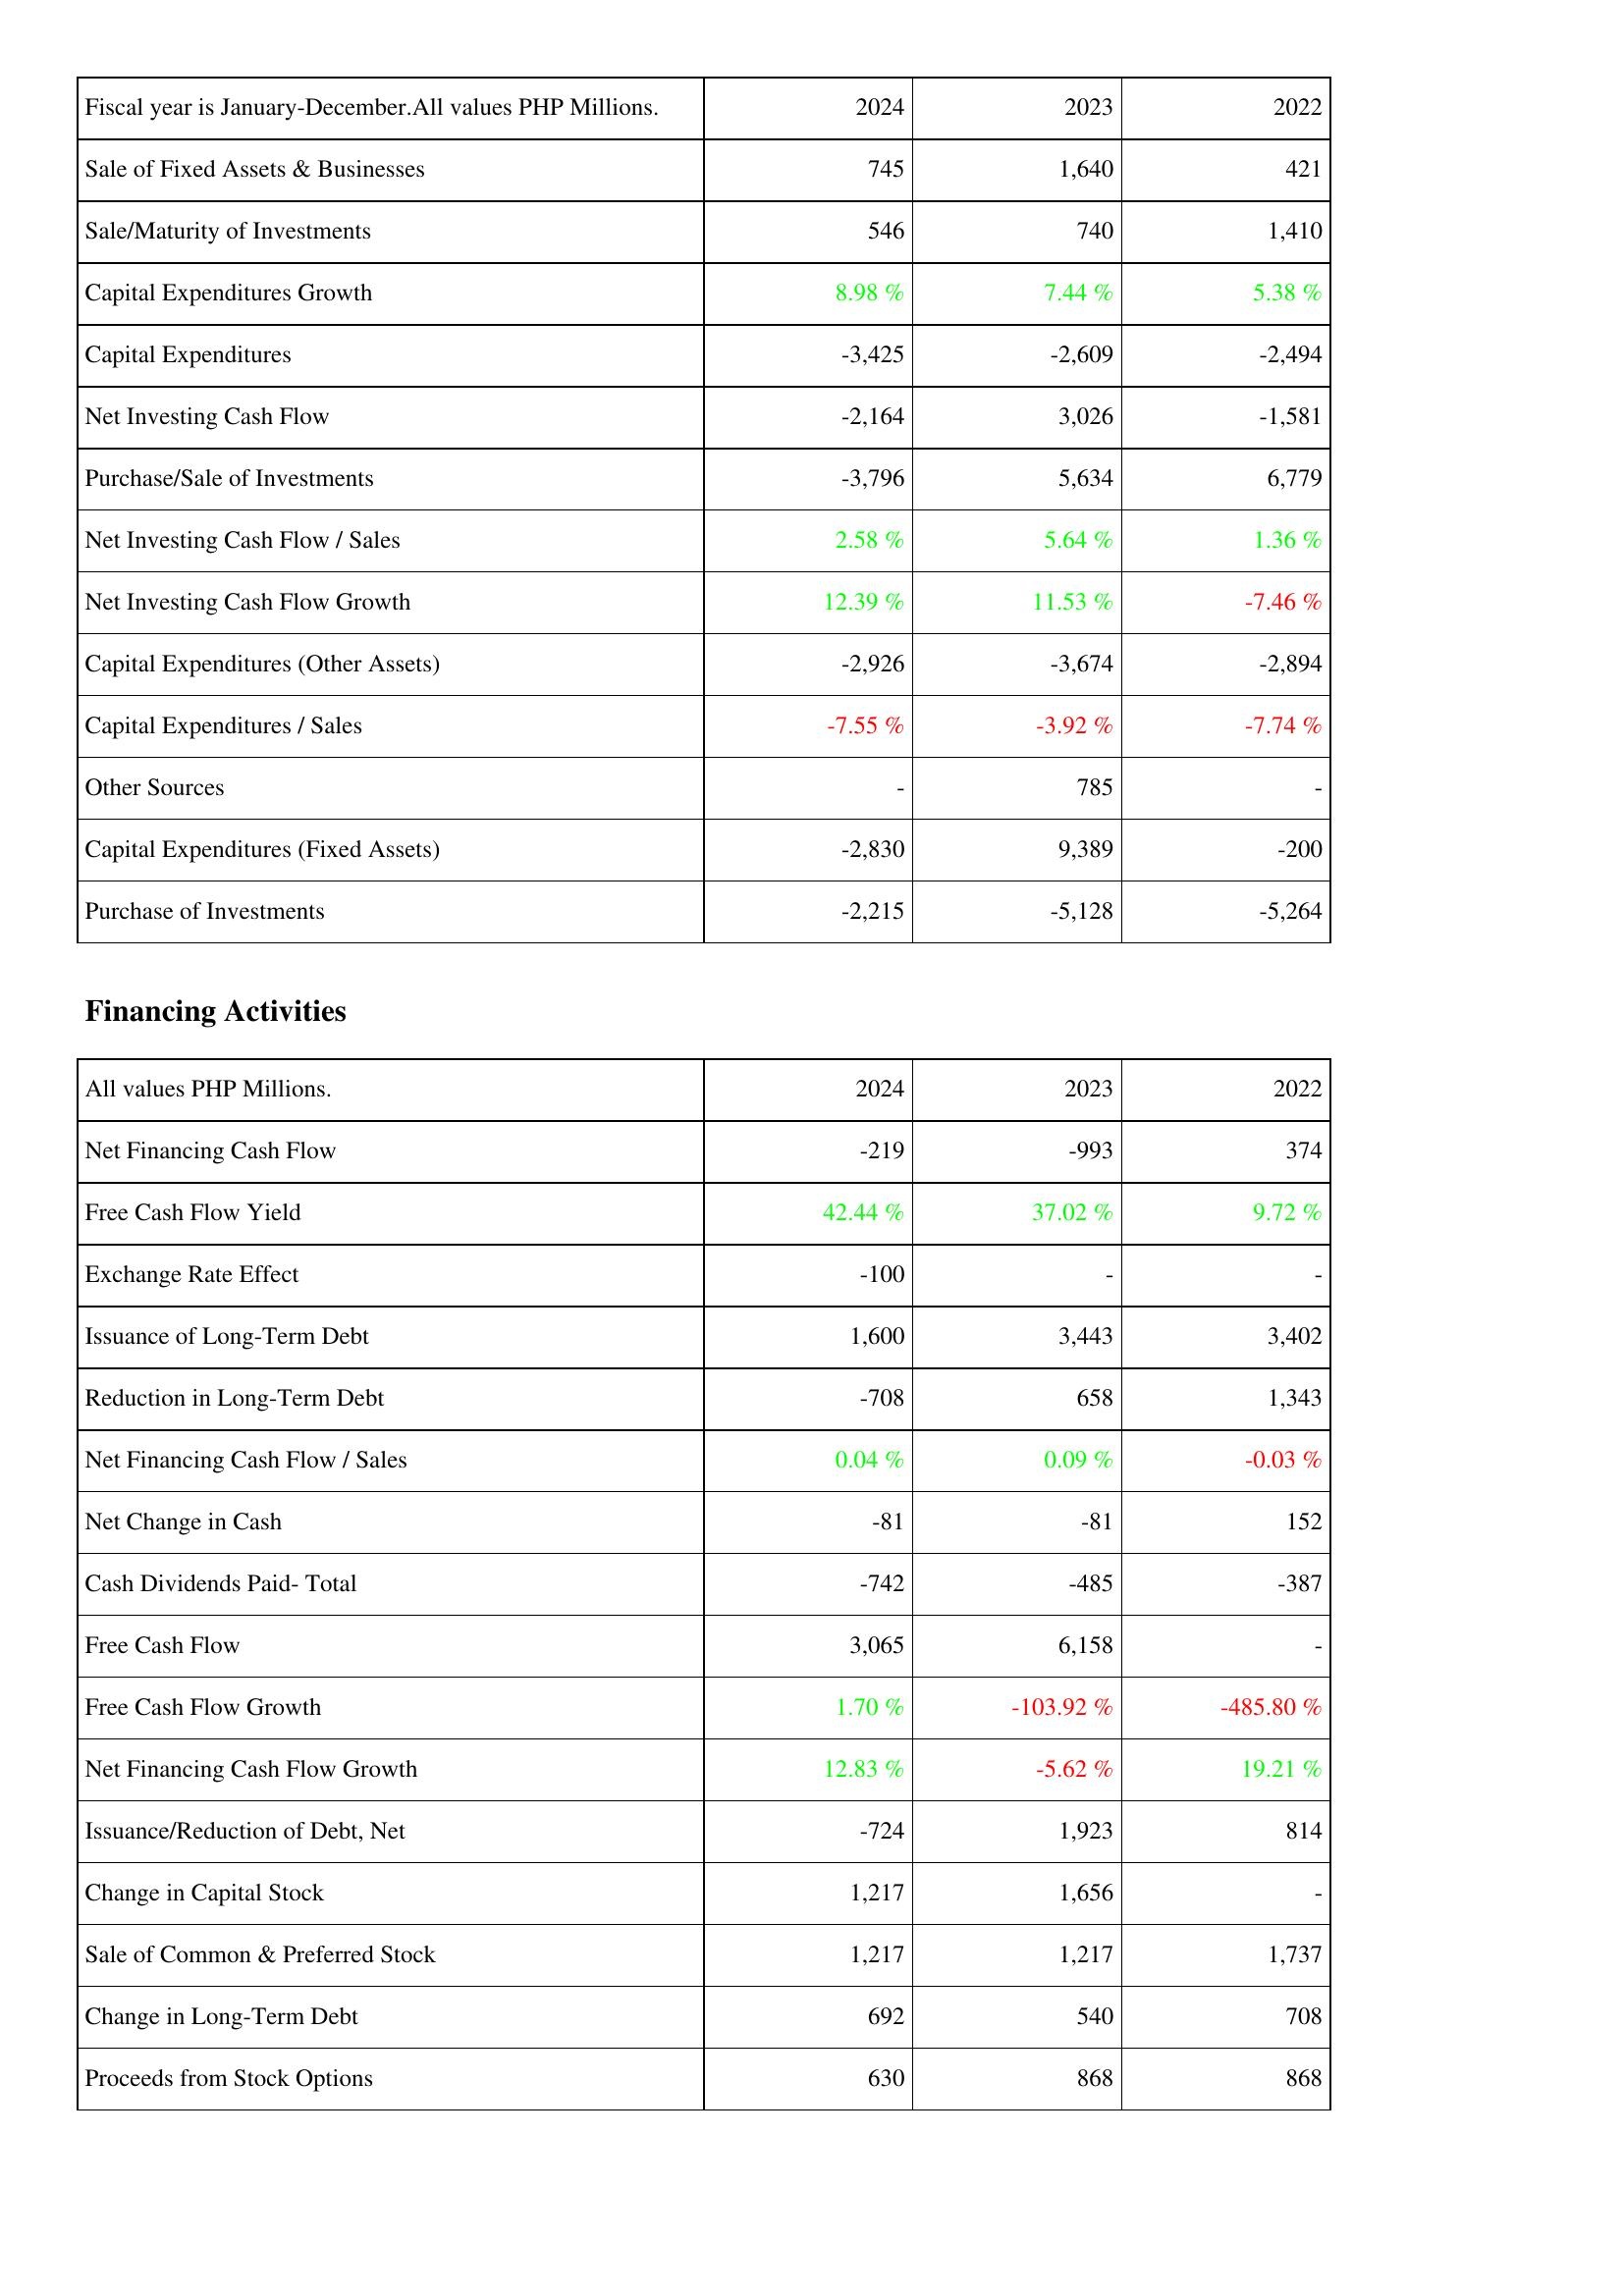
2024: Investing Activities: Sale of Fixed Assets & Businesses: 745
Sale/Maturity of Investments: 546
Capital Expenditures Growth: 8.98 %
Capital Expenditures: -3,425
Net Investing Cash Flow: -2,164
Purchase/Sale of Investments: -3,796
Net Investing Cash Flow / Sales: 2.58 %
Net Investing Cash Flow Growth: 12.39 %
Capital Expenditures (Other Assets): -2,926
Capital Expenditures / Sales: -7.55 %
Other Sources: -
Capital Expenditures (Fixed Assets): -2,830
Purchase of Investments: -2,215
Financing Activities: Net Financing Cash Flow: -219
Free Cash Flow Yield: 42.44 %
Exchange Rate Effect: -100
Issuance of Long-Term Debt: 1,600
Reduction in Long-Term Debt: -708
Net Financing Cash Flow / Sales: 0.04 %
Net Change in Cash: -81
Cash Dividends Paid- Total: -742
Free Cash Flow: 3,065
Free Cash Flow Growth: 1.70 %
Net Financing Cash Flow Growth: 12.83 %
Issuance/Reduction of Debt, Net: -724
Change in Capital Stock: 1,217
Sale of Common & Preferred Stock: 1,217
Change in Long-Term Debt: 692
Proceeds from Stock Options: 630
2023: Investing Activities: Sale of Fixed Assets & Businesses: 1,640
Sale/Maturity of Investments: 740
Capital Expenditures Growth: 7.44 %
Capital Expenditures: -2,609
Net Investing Cash Flow: 3,026
Purchase/Sale of Investments: 5,634
Net Investing Cash Flow / Sales: 5.64 %
Net Investing Cash Flow Growth: 11.53 %
Capital Expenditures (Other Assets): -3,674
Capital Expenditures / Sales: -3.92 %
Other Sources: 785
Capital Expenditures (Fixed Assets): 9,389
Purchase of Investments: -5,128
Financing Activities: Net Financing Cash Flow: -993
Free Cash Flow Yield: 37.02 %
Exchange Rate Effect: -
Issuance of Long-Term Debt: 3,443
Reduction in Long-Term Debt: 658
Net Financing Cash Flow / Sales: 0.09 %
Net Change in Cash: -81
Cash Dividends Paid- Total: -485
Free Cash Flow: 6,158
Free Cash Flow Growth: -103.92 %
Net Financing Cash Flow Growth: -5.62 %
Issuance/Reduction of Debt, Net: 1,923
Change in Capital Stock: 1,656
Sale of Common & Preferred Stock: 1,217
Change in Long-Term Debt: 540
Proceeds from Stock Options: 868
2022: Investing Activities: Sale of Fixed Assets & Businesses: 421
Sale/Maturity of Investments: 1,410
Capital Expenditures Growth: 5.38 %
Capital Expenditures: -2,494
Net Investing Cash Flow: -1,581
Purchase/Sale of Investments: 6,779
Net Investing Cash Flow / Sales: 1.36 %
Net Investing Cash Flow Growth: -7.46 %
Capital Expenditures (Other Assets): -2,894
Capital Expenditures / Sales: -7.74 %
Other Sources: -
Capital Expenditures (Fixed Assets): -200
Purchase of Investments: -5,264
Financing Activities: Net Financing Cash Flow: 374
Free Cash Flow Yield: 9.72 %
Exchange Rate Effect: -
Issuance of Long-Term Debt: 3,402
Reduction in Long-Term Debt: 1,343
Net Financing Cash Flow / Sales: -0.03 %
Net Change in Cash: 152
Cash Dividends Paid- Total: -387
Free Cash Flow: -
Free Cash Flow Growth: -485.80 %
Net Financing Cash Flow Growth: 19.21 %
Issuance/Reduction of Debt, Net: 814
Change in Capital Stock: -
Sale of Common & Preferred Stock: 1,737
Change in Long-Term Debt: 708
Proceeds from Stock Options: 868